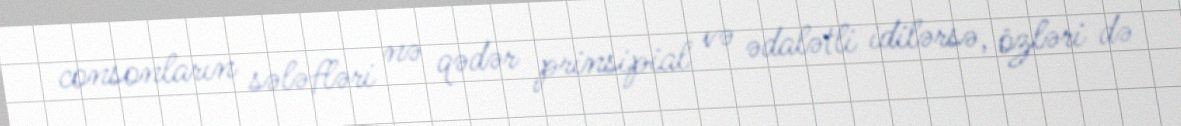
consonların sələfləri nə qədər prinsipial və ədalətli idilərsə, özləri də